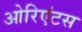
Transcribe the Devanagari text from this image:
ओरिएंटस